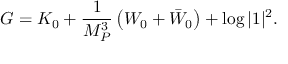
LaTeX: G = K _ { 0 } + { \frac { 1 } { M _ { P } ^ { 3 } } } \left( W _ { 0 } + \bar { W } _ { 0 } \right) + \log | 1 | ^ { 2 } .